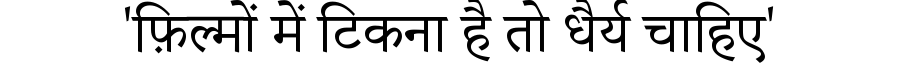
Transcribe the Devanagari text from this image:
'फ़िल्मों में टिकना है तो धैर्य चाहिए'